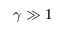
\gamma \gg 1